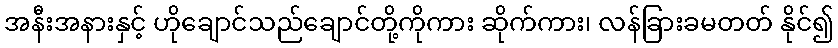
အနီးအနားနှင့် ဟိုချောင်သည်ချောင်တို့ကိုကား ဆိုက်ကား၊ လန်ခြားခမတတ် နိုင်၍